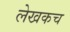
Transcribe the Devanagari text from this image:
लेखकच